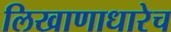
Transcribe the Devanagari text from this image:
लिखाणाधारेच